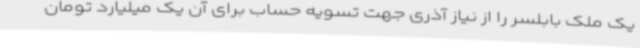
یک ملک بابلسر را از نیاز آذری جهت تسویه حساب برای آن یک میلیارد تومان